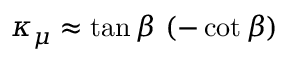
\kappa _ { \mu } \approx \tan \beta \ ( - \cot \beta )